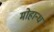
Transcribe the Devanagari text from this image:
मोहान्ध